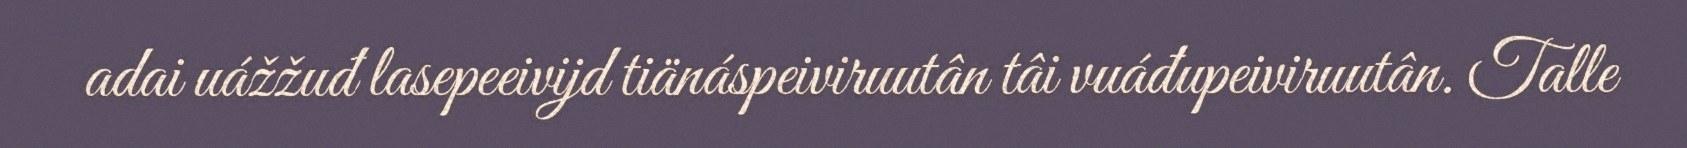
adai uážžuđ lasepeeivijd tiänáspeiviruutân tâi vuáđupeiviruutân. Talle